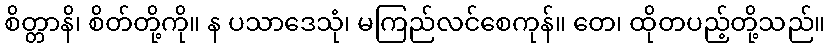
စိတ္တာနိ၊ စိတ်တို့ကို။ န ပသာဒေသုံ၊ မကြည်လင်စေကုန်။ တေ၊ ထိုတပည့်တို့သည်။